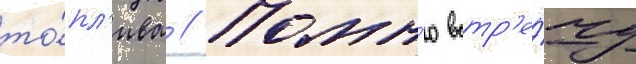
то́пл'ива // Помн'ю встр'е́чу